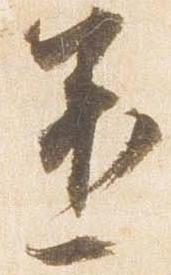
還